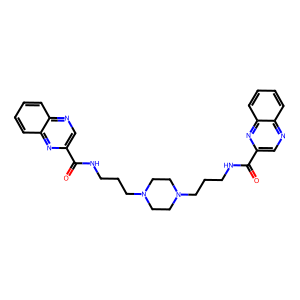
SMILES: O=C(NCCCN1CCN(CCCNC(=O)c2cnc3ccccc3n2)CC1)c1cnc2ccccc2n1
Inhibits HIV replication: No